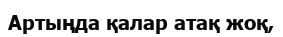
Артыңда қалар атақ жоқ,